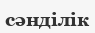
сәнділік